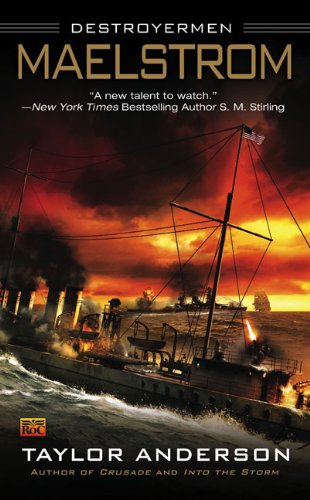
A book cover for Maelstrom (Destroyermen); Taylor Anderson; Science Fiction & Fantasy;